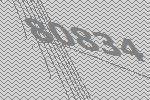
80834